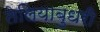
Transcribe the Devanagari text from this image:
तेलियाबुधरी